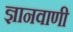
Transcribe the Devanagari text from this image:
ज्ञानवाणी